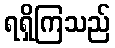
ရရှိကြသည်